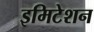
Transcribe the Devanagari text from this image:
इमिटेशन